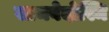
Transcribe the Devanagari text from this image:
सामवेदोस्मि